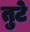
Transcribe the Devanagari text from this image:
तुटे